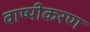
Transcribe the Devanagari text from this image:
वाष्‍पीकरण